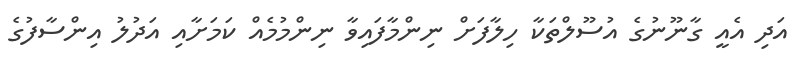
އަދި އެއީ ގާނޫނުގެ އުސޫލްތަކާ ހިލާފަށް ނިންމާފައިވާ ނިންމުމެއް ކަމަށާއި އަދުލު އިންސާފުގެ